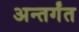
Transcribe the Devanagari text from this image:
अन्तर्गंत